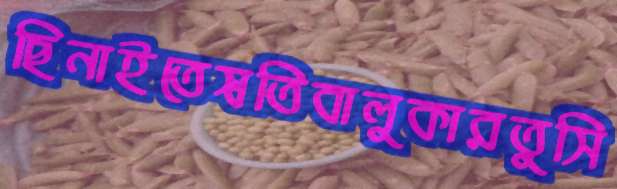
ছিনাইতেস্বতিবালুকারতুসি